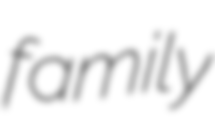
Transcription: family